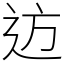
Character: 䢍